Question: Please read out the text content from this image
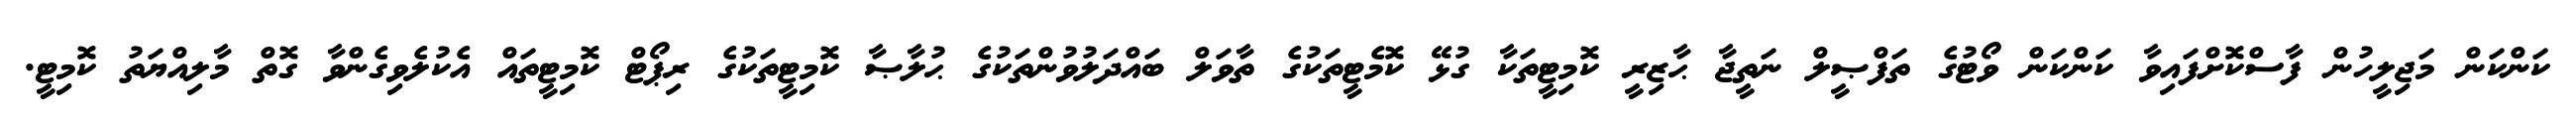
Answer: ކަންކަން މަޖިލީހުން ފާސްކޮށްފައިވާ ކަންކަން ވޯޓުގެ ތަފްޞީލް ނަތީޖާ ޙާޒިރީ ކޮމިޓީތަކާ ގުޅޭ ކޮމެޓީތަކުގެ ތާވަލް ބައްދަލުވުންތަކުގެ ޙުލާޞާ ކޮމިޓީތަކުގެ ރިޕޯޓް ކޮމިޓީތައް އެކުލެވިގެންވާ ގޮތް މާލިއްޔަތު ކޮމިޓީ.